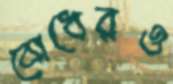
বোধেরও